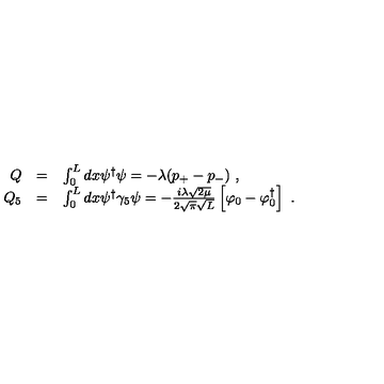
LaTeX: \begin{array} { r c l } { Q } & { = } & { \int _ { 0 } ^ { L } d x \psi ^ { \dagger } \psi = - \lambda ( p _ { + } - p _ { - } ) \ , } \\ { Q _ { 5 } } & { = } & { \int _ { 0 } ^ { L } d x \psi ^ { \dagger } \gamma _ { 5 } \psi = - \frac { i \lambda \sqrt { 2 \mu } } { 2 \sqrt { \pi } \sqrt { L } } \left[ \varphi _ { 0 } - \varphi _ { 0 } ^ { \dagger } \right] \ . } \\ \end{array}